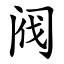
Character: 阀